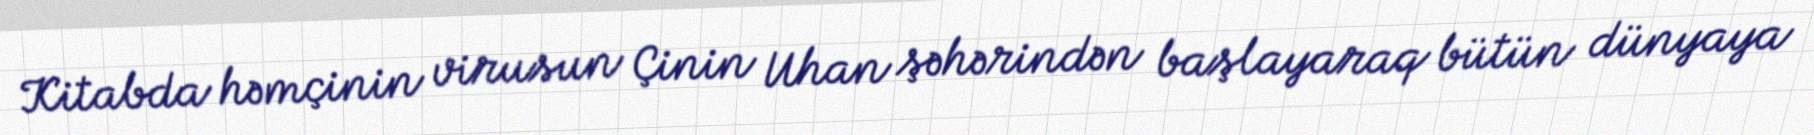
Kitabda həmçinin virusun Çinin Uhan şəhərindən başlayaraq bütün dünyaya